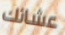
عشائك